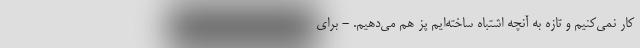
کار نمی‌کنیم و تازه به آنچه اشتباه ساخته‌ایم پُز هم می‌دهیم. - برای